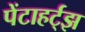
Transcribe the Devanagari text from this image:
पेंटाहर्ट्‌झ